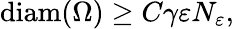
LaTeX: \begin{array}{r}{\mathrm{diam}(\Omega)\geq C\gamma\varepsilon N_{\varepsilon},}\end{array}